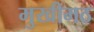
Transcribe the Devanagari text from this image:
मुखीमठ